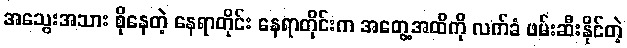
အသွေးအသား စိုနေတဲ့ နေရာတိုင်း နေရာတိုင်းက အတွေ့အထိကို လက်ခံ ဖမ်းဆီးနိုင်တဲ့